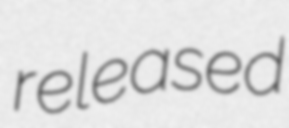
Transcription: released